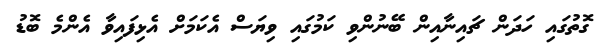
ގޮތުގައި ހަދަން ޗައިނާއިން ބޭނުންވި ކަމުގައި ވިޔަސް އެކަމަށް އެޅިފައިވާ އެންމެ ބޮޑު